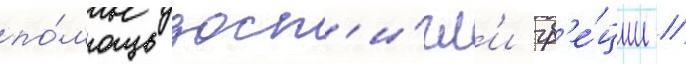
по́мощь дост'и́гл'и гр'е́ции //